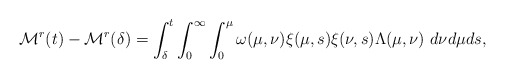
\begin{align*}\mathcal{M}^{r}(t)-\mathcal{M}^{r}(\delta)=\int_{\delta}^{t}\int_{0}^{\infty}\int_{0}^{\mu}\omega(\mu,\nu)\xi(\mu,s)\xi(\nu,s)\Lambda(\mu,\nu)\ d\nu d\mu ds,\end{align*}